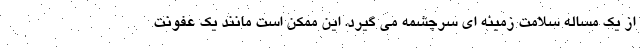
از یک مساله سلامت زمینه ای سرچشمه می گیرد. این ممکن است مانند یک عفونت